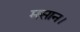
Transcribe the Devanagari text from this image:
मसान।